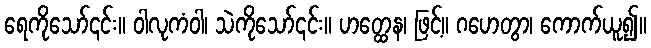
ရေကိုသော်၎င်း။ ဝါလုကံဝါ၊ သဲကိုသော်၎င်း။ ဟတ္ထေန၊ ဖြင့်။ ဂဟေတွာ၊ ကောက်ယူ၍။